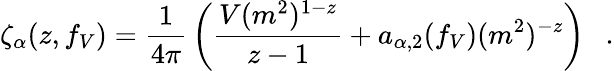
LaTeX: \zeta_{\alpha}(z,f_{V})={\frac{1}{4\pi}}\left({\frac{V(m^{2})^{1-z}}{z-1}}+a_{\alpha,2}(f_{V})(m^{2})^{-z}\right)~~~.